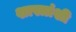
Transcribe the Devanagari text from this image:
शास्त्रांशी